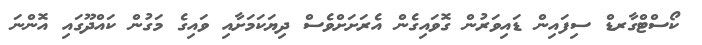
ކޯސްޓްގާރޑް ސިފައިން ޑައިވަރުން ގޮވައިގެން އެރަށަށްވެސް ދިޔަކަމަށާއި ވައިގެ މަގުން ކައްދޫގައި އޮންނަ